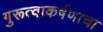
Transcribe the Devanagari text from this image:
गुरूत्वाकर्षणाचा